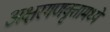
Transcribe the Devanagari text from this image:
अक्षरगणवृत्तामध्ये